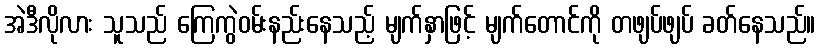
အဲဒီလိုလား သူသည် ကြေကွဲဝမ်းနည်းနေသည့် မျက်နှာဖြင့် မျက်တောင်ကို တဖျပ်ဖျပ် ခတ်နေသည်။